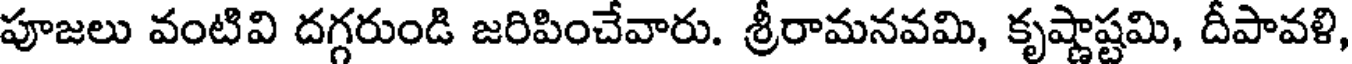
పూజలు వంటివి దగ్గరుండి జరిపించేవారు. శ్రీరామనవమి, కృష్ణాష్టమి, దీపావళి,